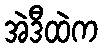
အဲဒီထဲက